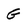
Character: G